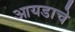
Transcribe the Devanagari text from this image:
आयडाचे